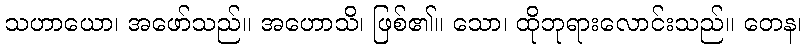
သဟာယော၊ အဖော်သည်။ အဟောသိ၊ ဖြစ်၏။ သော၊ ထိုဘုရားလောင်းသည်။ တေန၊